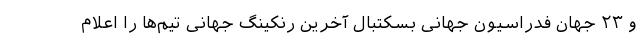
و ۲۳ جهان فدراسیون جهانی بسکتبال آخرین رنکینگ جهانی تیم‌ها را اعلام